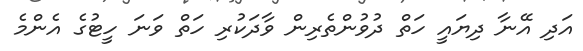
އަދި އޭނާ ދިޔައީ ހަތް ދުވުންތެރިން ވާދަކުރި ހަތް ވަނަ ހީޓުގެ އެންމެ